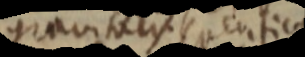
gravitatis _